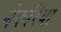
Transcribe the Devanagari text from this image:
बेकरिया